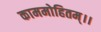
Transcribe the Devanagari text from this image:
काममोहितम्।।